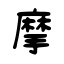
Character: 摩